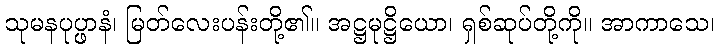
သုမနပုပ္ဖာနံ၊ မြတ်လေးပန်းတို့၏။ အဋ္ဌမုဋ္ဌိယော၊ ရှစ်ဆုပ်တို့ကို။ အာကာသေ၊